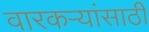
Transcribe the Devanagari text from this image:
वारकऱ्यांसाठी